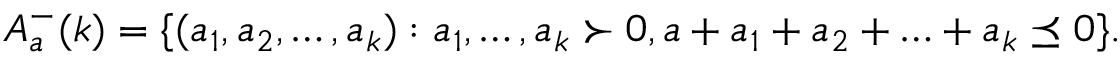
A _ { a } ^ { - } ( k ) = \{ ( a _ { 1 } , a _ { 2 } , \ldots , a _ { k } ) : a _ { 1 } , \ldots , a _ { k } \succ 0 , a + a _ { 1 } + a _ { 2 } + \ldots + a _ { k } \preceq 0 \} .